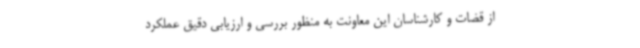
از قضات و کارشناسان این معاونت به منظور بررسی و ارزیابی دقیق عملکرد